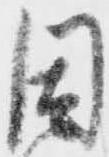
因